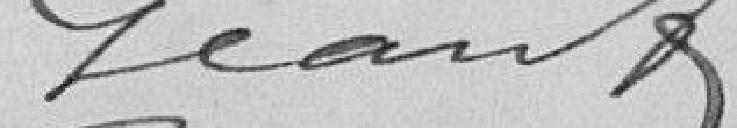
Géant